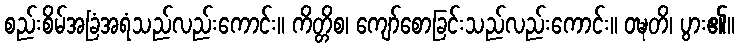
စည်းစိမ်အခြံအရံသည်လည်းကောင်း။ ကိတ္တိစ၊ ကျော်စောခြင်းသည်လည်းကောင်း။ ဝဍ္ဎတိ၊ ပွား၏။